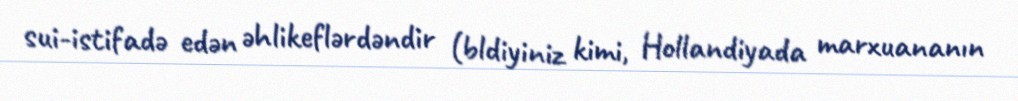
sui-istifadə edən əhlikeflərdəndir (bldiyiniz kimi, Hollandiyada marxuananın